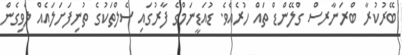
ބޭރުކުރާ ބްރަނާރސް ގްލޭންޑް ތައް ހުރެއެވެ. ޑުއަޑީނަމްގެ ފާރުގައި ސެލްތަކުގެ ތުނިފަށަލައެއް ލެވިގެން